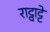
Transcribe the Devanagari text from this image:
राट्वाट्टे